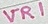
Text: VR1